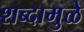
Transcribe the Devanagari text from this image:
शब्दामुळे